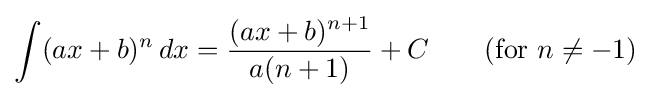
\int (ax+b)^{n}\,dx={\frac {(ax+b)^{n+1}}{a(n+1)}}+C\qquad {\text{(for }}n\neq -1{\mbox{)}}